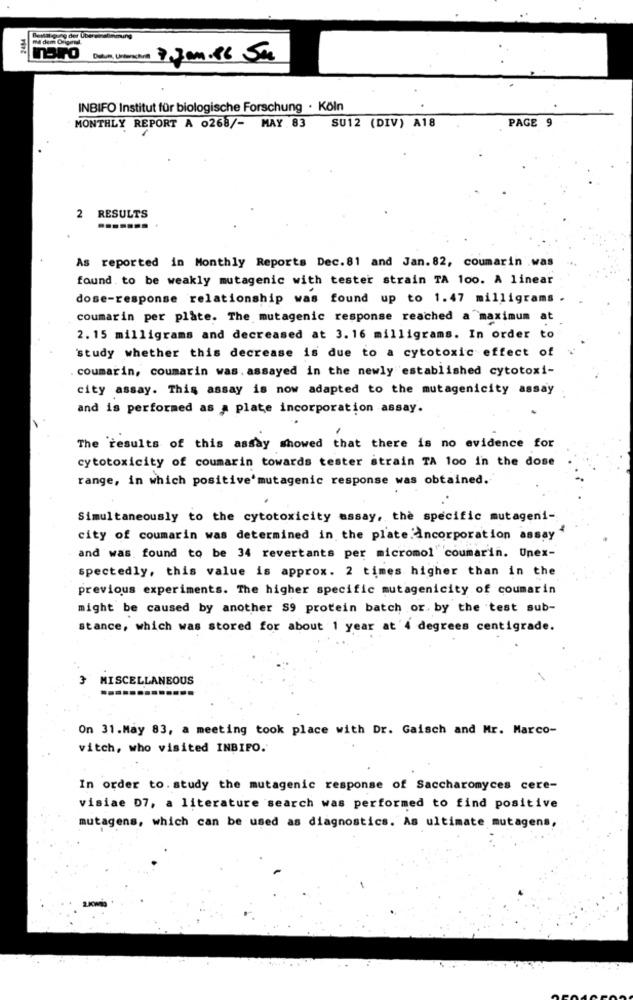
1.Jan.16 Su
INBIFO Institut für biologische Forschung · Köln
PAGE 9
MONTHLY REPORT A 0268/- MAY 83
SU12 (DIV) A18
2 RESULTS
As reported in Monthly Reports Dec.81 and Jan.82, coumarin .was
found to be weakly mutagenic with tester strain TA 100. A linear
dose-response relationship was found up to 1.47 milligrams .
coumarin per plate. The mutagenic response reached a maximum at
2. 15 milligrams and decreased at 3.16 milligrams. In order to
study whether this decrease is due to a cytotoxic effect of
coumarin, coumarin was. assayed in the newly established cytotoxi-
city assay. This assay is now adapted to the mutagenicity assay
and is performed as a plate incorporation assay.
The 'results of this assay showed that there is no evidence for
cytotoxicity of coumarin towards tester strain TA 100 in the dose
range, in which positive'mutagenic response was obtained.
Simultaneously to the cytotoxicity assay, the specific mutageni-
city of coumarin was determined in the plate incorporation assay
and was found to be 34 revertants per micromol" coumarin. Unex-
spectedly, this value is approx. 2 times higher than in the
previous experiments. The higher specific mutagenicity of coumarin
might be caused by another S9 protein batch or. by the test sub-
Stance, which was stored for about 1 year at'4 degrees centigrade.
3
MISCELLANEOUS
On 31.May 83, a meeting took place with Dr. Gaisch and Mr. Marco-
vitch, who visited INBIFO.
In order to. study the mutagenic response of Saccharomyces cere-
visiae D7, a literature search was performed to find positive
mutagens, which can be used as diagnostics. As ultimate mutagens,